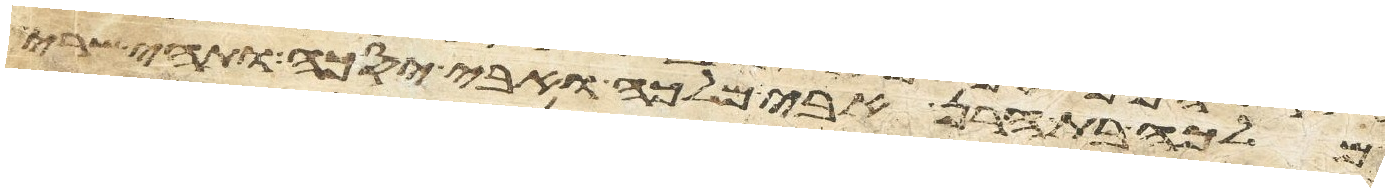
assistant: מלכה בת הרן אבי מלכה ואבי יסכה ותהי שרי